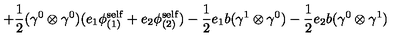
+ \frac { 1 } { 2 } ( { \gamma } ^ { 0 } \otimes { \gamma } ^ { 0 } ) ( e _ { 1 } { \phi } _ { ( 1 ) } ^ { \mathrm { s e l f } } + e _ { 2 } { \phi } _ { ( 2 ) } ^ { \mathrm { s e l f } } ) - \frac { 1 } { 2 } e _ { 1 } b ( { \gamma } ^ { 1 } \otimes { \gamma } ^ { 0 } ) - \frac { 1 } { 2 } e _ { 2 } b ( { \gamma } ^ { 0 } \otimes { \gamma } ^ { 1 } )